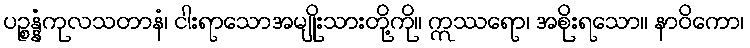
ပဉ္စန္နံကုလသတာနံ၊ ငါးရာသောအမျိုးသားတို့ကို။ ဣဿရော၊ အစိုးရသော။ နာဝိကော၊